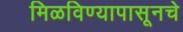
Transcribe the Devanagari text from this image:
मिळविण्यापासूनचे